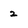
Character: 2